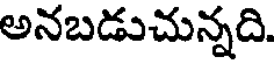
అనబడుచున్నది.